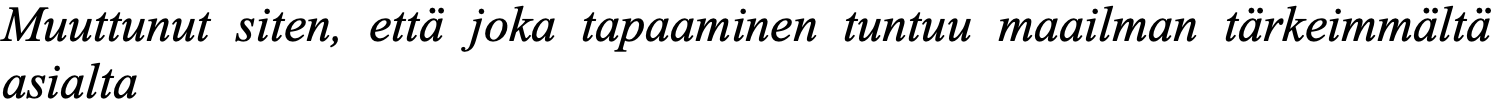
Muuttunut siten, että joka tapaaminen tuntuu maailman tärkeimmältä asialta